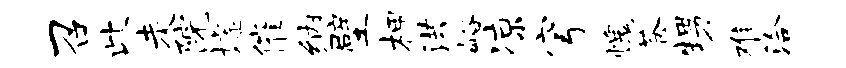
召此走院墟催纳壁柙洪峪凉穹愧苍甥难洽